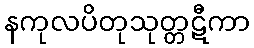
နကုလပိတုသုတ္တဋီကာ